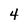
Character: 4